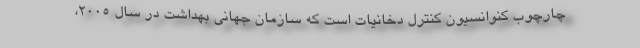
چارچوب کنوانسیون کنترل دخانیات است که سازمان جهانی بهداشت در سال ۲۰۰۵،